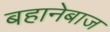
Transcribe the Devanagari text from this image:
बहानेबाज